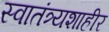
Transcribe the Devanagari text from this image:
स्वातंत्र्यशाहीर